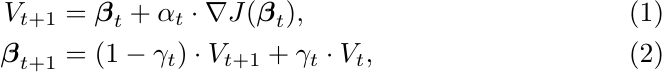
  \begin{align}
   V_{t+1} &=  \boldsymbol{\beta}_{t} + \alpha_t \cdot \nabla J(\boldsymbol{\beta}_t), \label{first formula} \\
   \boldsymbol{\beta}_{t+1} &= (1-\gamma_t) \cdot  V_{t+1} + \gamma_t \cdot  V_{t},  %\notag
  \end{align}